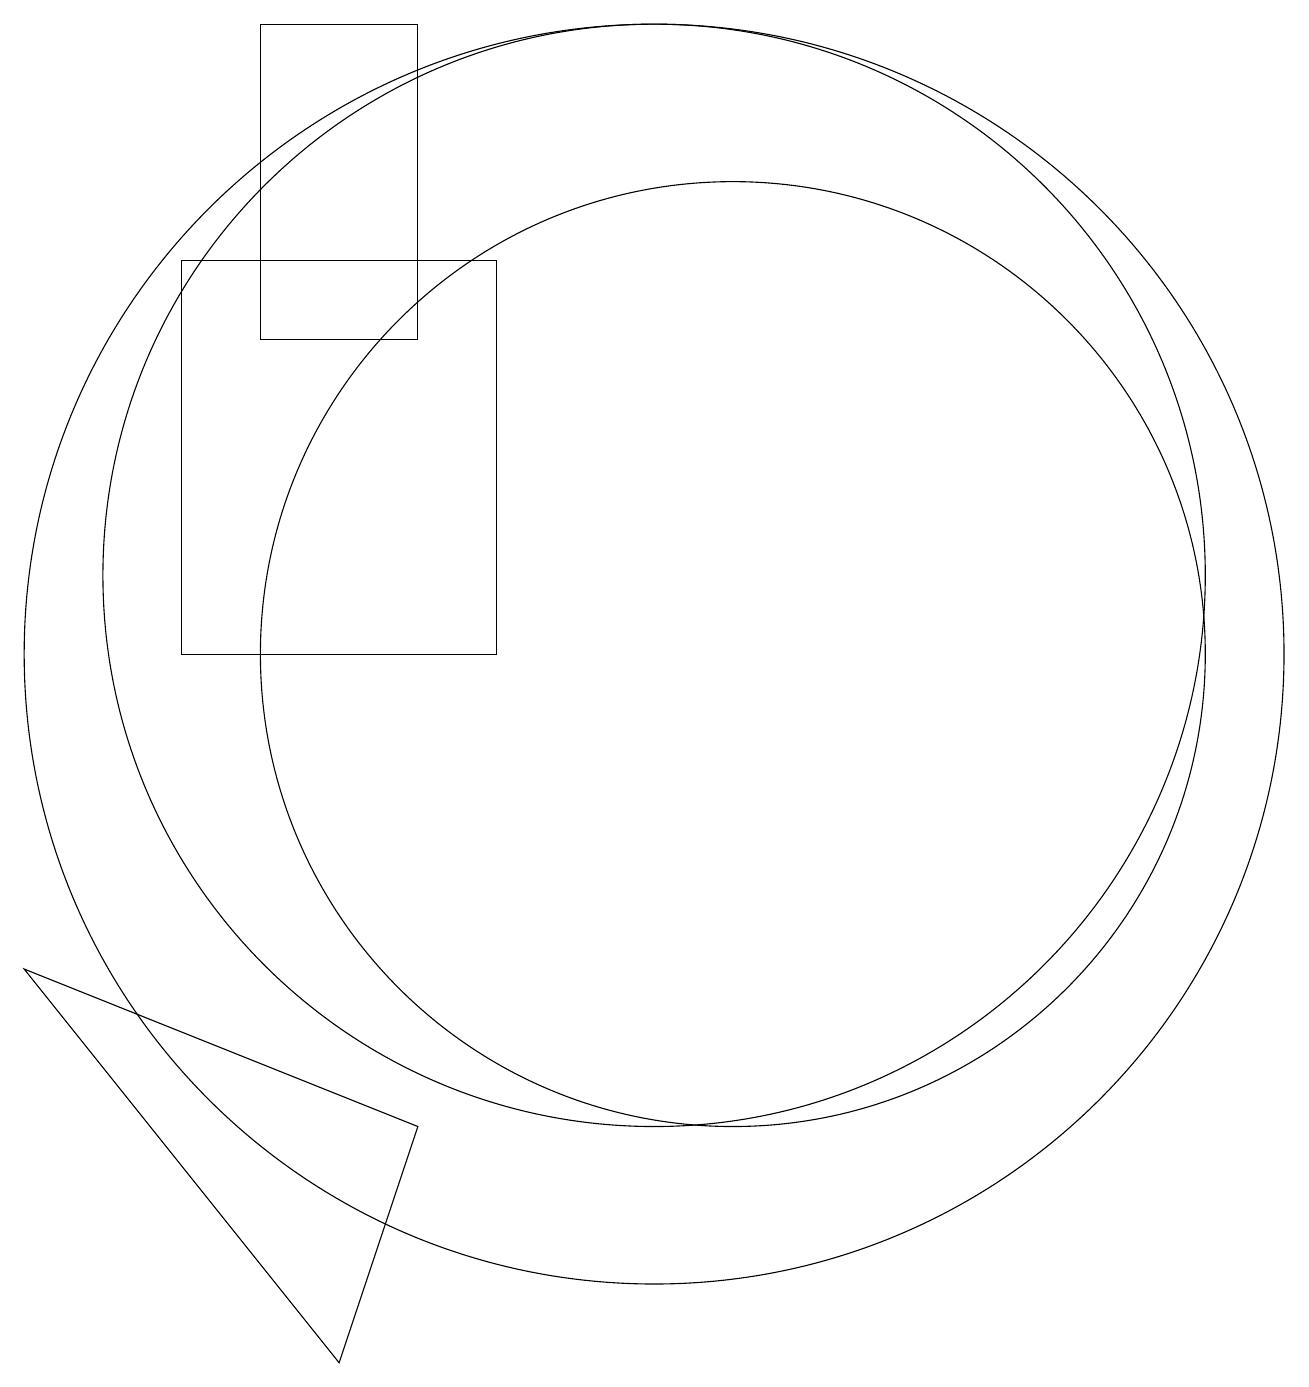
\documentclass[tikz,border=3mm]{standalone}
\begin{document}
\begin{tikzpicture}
\draw (11,10) circle (6);
\draw (4,10) rectangle (8,15);
\draw (2,6) -- (6,1) -- (7,4) -- cycle;
\draw (10,11) circle (7);
\draw (5,14) rectangle (7,18);
\draw (10,10) circle (8);
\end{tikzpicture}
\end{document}